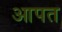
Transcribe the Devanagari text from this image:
आपत